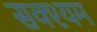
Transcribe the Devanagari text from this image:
सक्श्यम